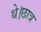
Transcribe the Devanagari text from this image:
थे।छात्र